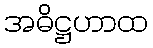
အဓိဋ္ဌဟာထ